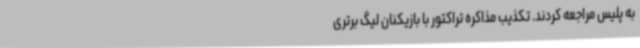
به پلیس مراجعه کردند. تکذیب مذاکره تراکتور با بازیکنان لیگ‌ برتری